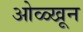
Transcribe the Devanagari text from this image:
ओळ्खून